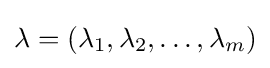
\mathbf {\lambda } =(\lambda _{1},\lambda _{2},\dots ,\lambda _{m})